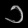
Digit: ၁